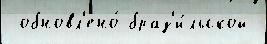
 обновл'ено́ браз'и́льской